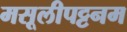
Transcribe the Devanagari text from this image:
मसूलीपट्टनम